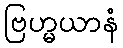
ဗြဟ္မယာနံ